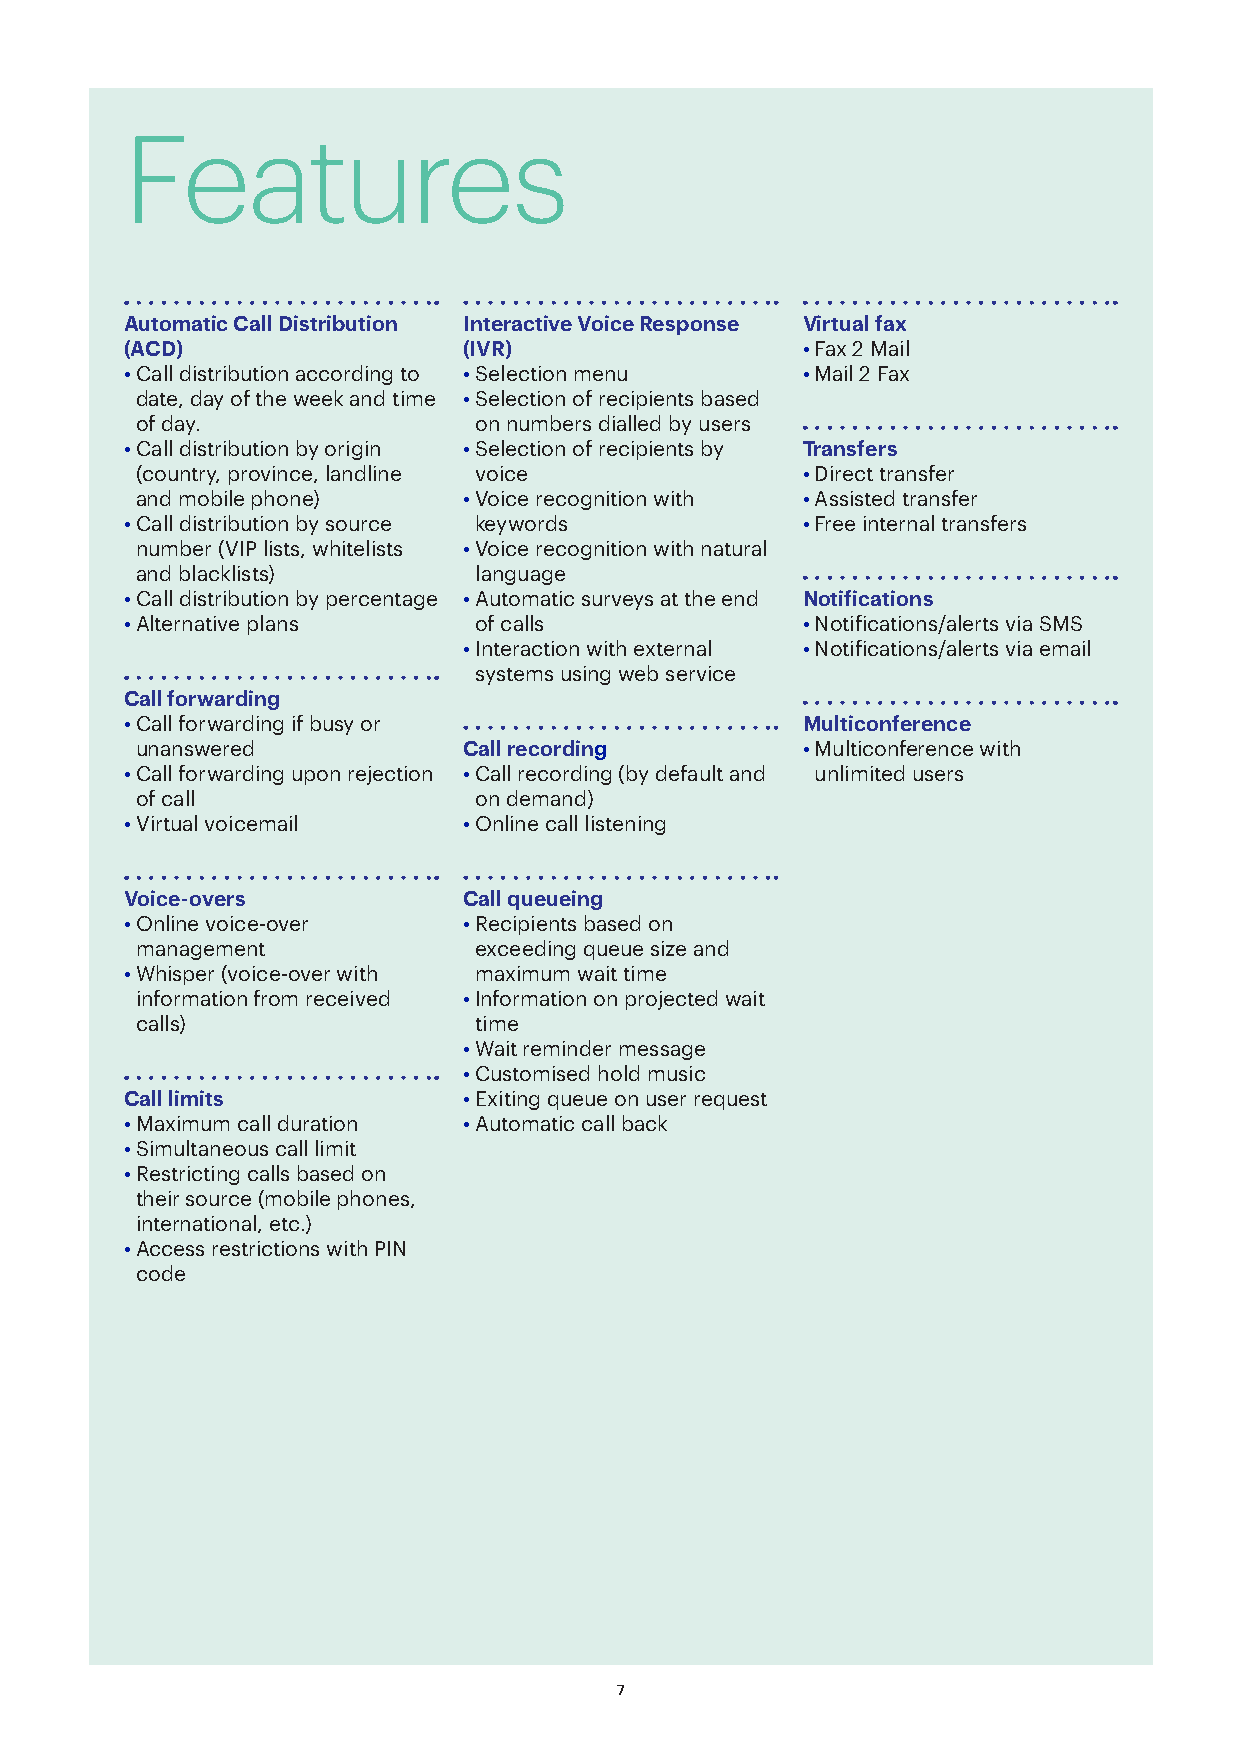
Features
 Automatic Call Distribution Interactive Voice Response Virtual fax
 (ACD)                  (IVR)                 • Fax 2 Mail
 • Call distribution according to • Selection menu • Mail 2 Fax
 date, day of the week and time • Selection of recipients based
 of day.               on numbers dialled by users
 • Call distribution by origin • Selection of recipients by Transfers
 (country, province, landline voice          • Direct transfer
 and mobile phone)     • Voice recognition with • Assisted transfer
 • Call distribution by source keywords       • Free internal transfers
 number (VIP lists, whitelists • Voice recognition with natural
 and blacklists)       language
 • Call distribution by percentage • Automatic surveys at the end Notifications
 • Alternative plans    of calls              • Notifications/alerts via SMS
 • Interaction with external • Notifications/alerts via email
 systems using web service
 Call forwarding
 • Call forwarding if busy or                 Multiconference
 unanswered            Call recording        • Multiconference with
 • Call forwarding upon rejection • Call recording (by default and unlimited users
 of call               on demand)
 • Virtual voicemail    • Online call listening
 Voice-overs            Call queueing
 • Online voice-over    • Recipients based on
 management            exceeding queue size and
 • Whisper (voice-over with maximum wait time
 information from received • Information on projected wait
 calls)                time
 • Wait reminder message
 • Customised hold music
 Call limits            • Exiting queue on user request
 • Maximum call duration • Automatic call back
 • Simultaneous call limit
 • Restricting calls based on
 their source (mobile phones,
 international, etc.)
 • Access restrictions with PIN
 code
 7